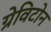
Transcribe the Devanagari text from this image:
ग्रेविटोन